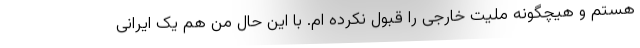
هستم و هیچگونه ملیت خارجی را قبول نکرده ام. با این حال من هم یک ایرانی